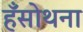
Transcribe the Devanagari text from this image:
हँसोथना